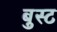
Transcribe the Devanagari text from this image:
बुस्ट